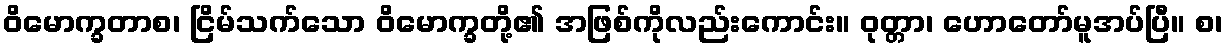
ဝိမောက္ခတာစ၊ ငြိမ်သက်သော ဝိမောက္ခတို့၏ အဖြစ်ကိုလည်းကောင်း။ ဝုတ္တာ၊ ဟောတော်မူအပ်ပြီ။ စ၊